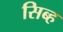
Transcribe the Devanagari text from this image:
सिब्ह